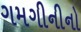
ગમગીનીનો